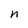
Character: n